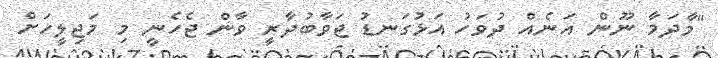
"މާދަމާ ނޫން އަނެއް ދުވަހު އަޅުގަނޑު ޖަވާބުދާރީ ވާން ޖެހެނީ މި މަޖިލީހަށް